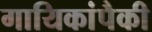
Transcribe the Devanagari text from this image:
गायिकांपैकी